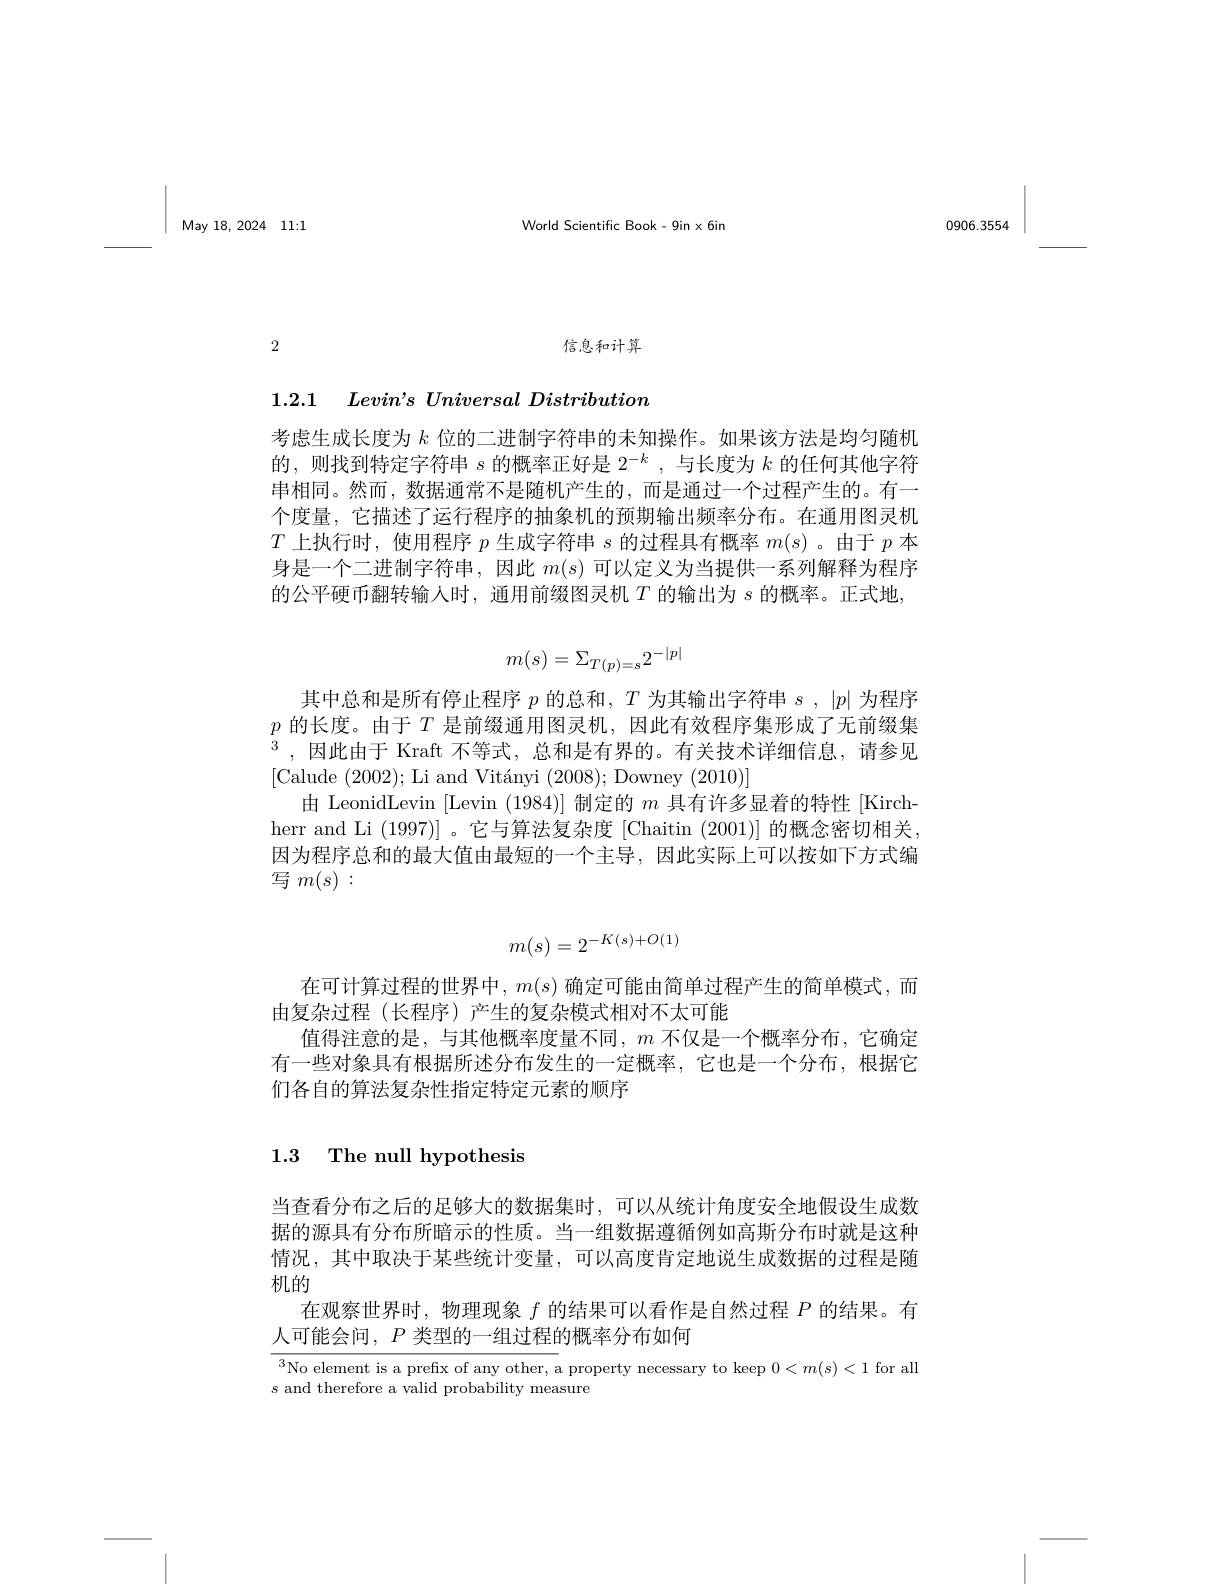
$May18, 2024$ 11:1

0906.3554

World Scientific Book-9inx6in

信息和计算

2

1.2.1 $\textit{Levin' s Universal Distribution}$

考虑生成长度为$k$位的二进制字符串的未知操作。如果该方法是均匀随机的，则找到特定字符串$s$的概率正好是$2^-k$ ,与长度为$k$的任何其他字符串相同。然而，数据通常不是随机产生的，而是通过一个过程产生的。有一个度量，它描述了运行程序的抽象机的预期输出频率分布。在通用图灵机$T$上执行时，使用程序$p$生成字符串$s$的过程具有概率$m(s)$ 。由于$p$本身是一个二进制字符串，因此$m(s)$可以定义为当提供一系列解释为程序的公平硬币翻转输入时，通用前缀图灵机$T$ 的输出为$s$ 的概率。正式地，
$$m(s)=\Sigma_{T(p)=s}2^{-|p|}$$
其中总和是所有停止程序$p$的总和，$T$为其输出字符串$s,|p|$为程序$p$的长度。由于$T$是前缀通用图灵机，因此有效程序集形成了无前缀集$^{3}$,因此由于 Kraft 不等式，总和是有界的。有关技术详细信息，请参见[Calude (2002);Li and Vitányi (2008);Downey (2010)]
由 LeonidLevin [Levin (1984)]制定的$m$具有许多显着的特性[Kirch-1] herr and Li (1997)] 。它与算法复杂度 [Chaitin (2001)] 的概念密切相关， 因为程序总和的最大值由最短的一个主导，因此实际上可以按如下方式编写$m(s):$
$$m(s)=2^{-K(s)+O(1)}$$
在可计算过程的世界中，$m(s)$确定可能由简单过程产生的简单模式，而
由复杂过程(长程序)产生的复杂模式相对不太可能
值得注意的是，与其他概率度量不同，$m$不仅是一个概率分布，它确定有一些对象具有根据所述分布发生的一定概率，它也是一个分布，根据它们各自的算法复杂性指定特定元素的顺序

## 1.3 The null hypothesis

当查看分布之后的足够大的数据集时，可以从统计角度安全地假设生成数据的源具有分布所暗示的性质。当一组数据遵循例如高斯分布时就是这种情况，其中取决于某些统计变量，可以高度肯定地说生成数据的过程是随机的
在观察世界时，物理现象$f$的结果可以看作是自然过程$P$的结果。有
人可能会问，$P$类型的一组过程的概率分布如何

$\overline{{^3\text{No element is a prefix of any other, a}}}$ property necessary to keep $0<m(s)<1$ for all
$s$ and therefore a valid probability measure